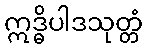
ဣဒ္ဓိပါဒသုတ္တံ